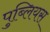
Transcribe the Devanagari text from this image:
पुब्लियस